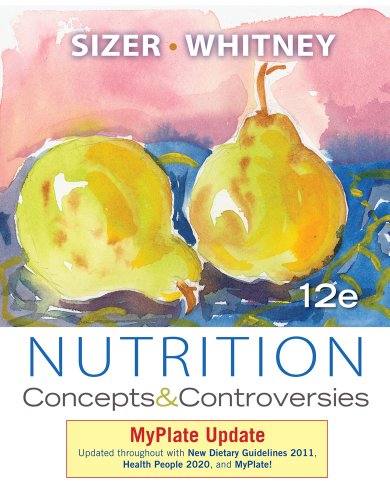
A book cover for Nutrition: Concepts and Controversies, MyPlate Update; Frances Sizer; Medical Books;